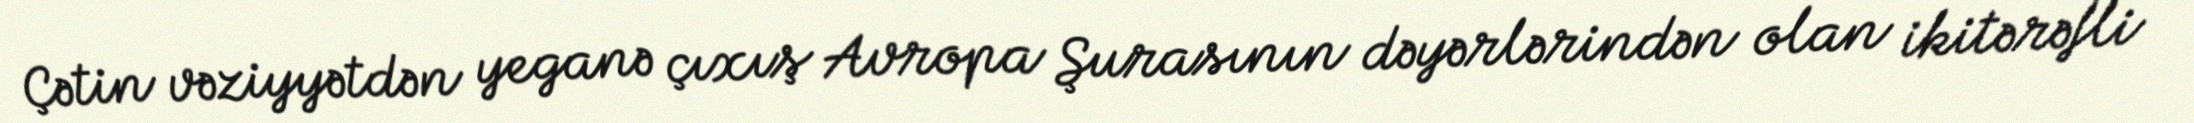
Çətin vəziyyətdən yeganə çıxış Avropa Şurasının dəyərlərindən olan ikitərəfli